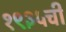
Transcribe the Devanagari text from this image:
१९३५ची